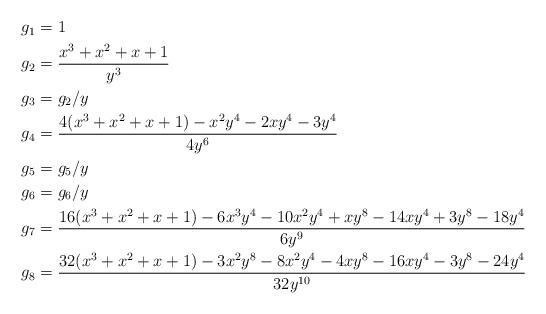
LaTeX: \begin{align*}\begin{aligned}g_1 &= 1 \\g_2 &= \frac{x^3+x^2+x+1}{y^3} \\g_3 &= g_2/y \\g_4 &= \frac{4(x^3+x^2+x+1) - x^2y^4 - 2xy^4 - 3y^4}{4y^6} \\g_5 &= g_5/y \\g_6 &= g_6/y \\g_7 &= \frac{16(x^3+x^2+x+1)-6x^3y^4 - 10x^2y^4 + xy^8 - 14xy^4 + 3y^8 - 18y^4}{6y^9} \\g_8 &= \frac{32(x^3+x^2+x+1) - 3x^2y^8 - 8x^2y^4 - 4xy^8 - 16xy^4 - 3y^8 - 24y^4}{32y^{10}}\end{aligned}\end{align*}